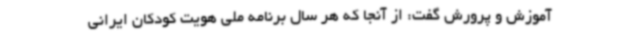
آموزش و پرورش گفت: از آنجا که هر سال برنامه ملی هویت کودکان ایرانی